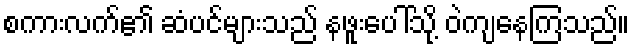
စကားလက်၏ ဆံပင်များသည် နဖူးပေါ်သို့ ဝဲကျနေကြသည်။